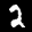
Label: 2